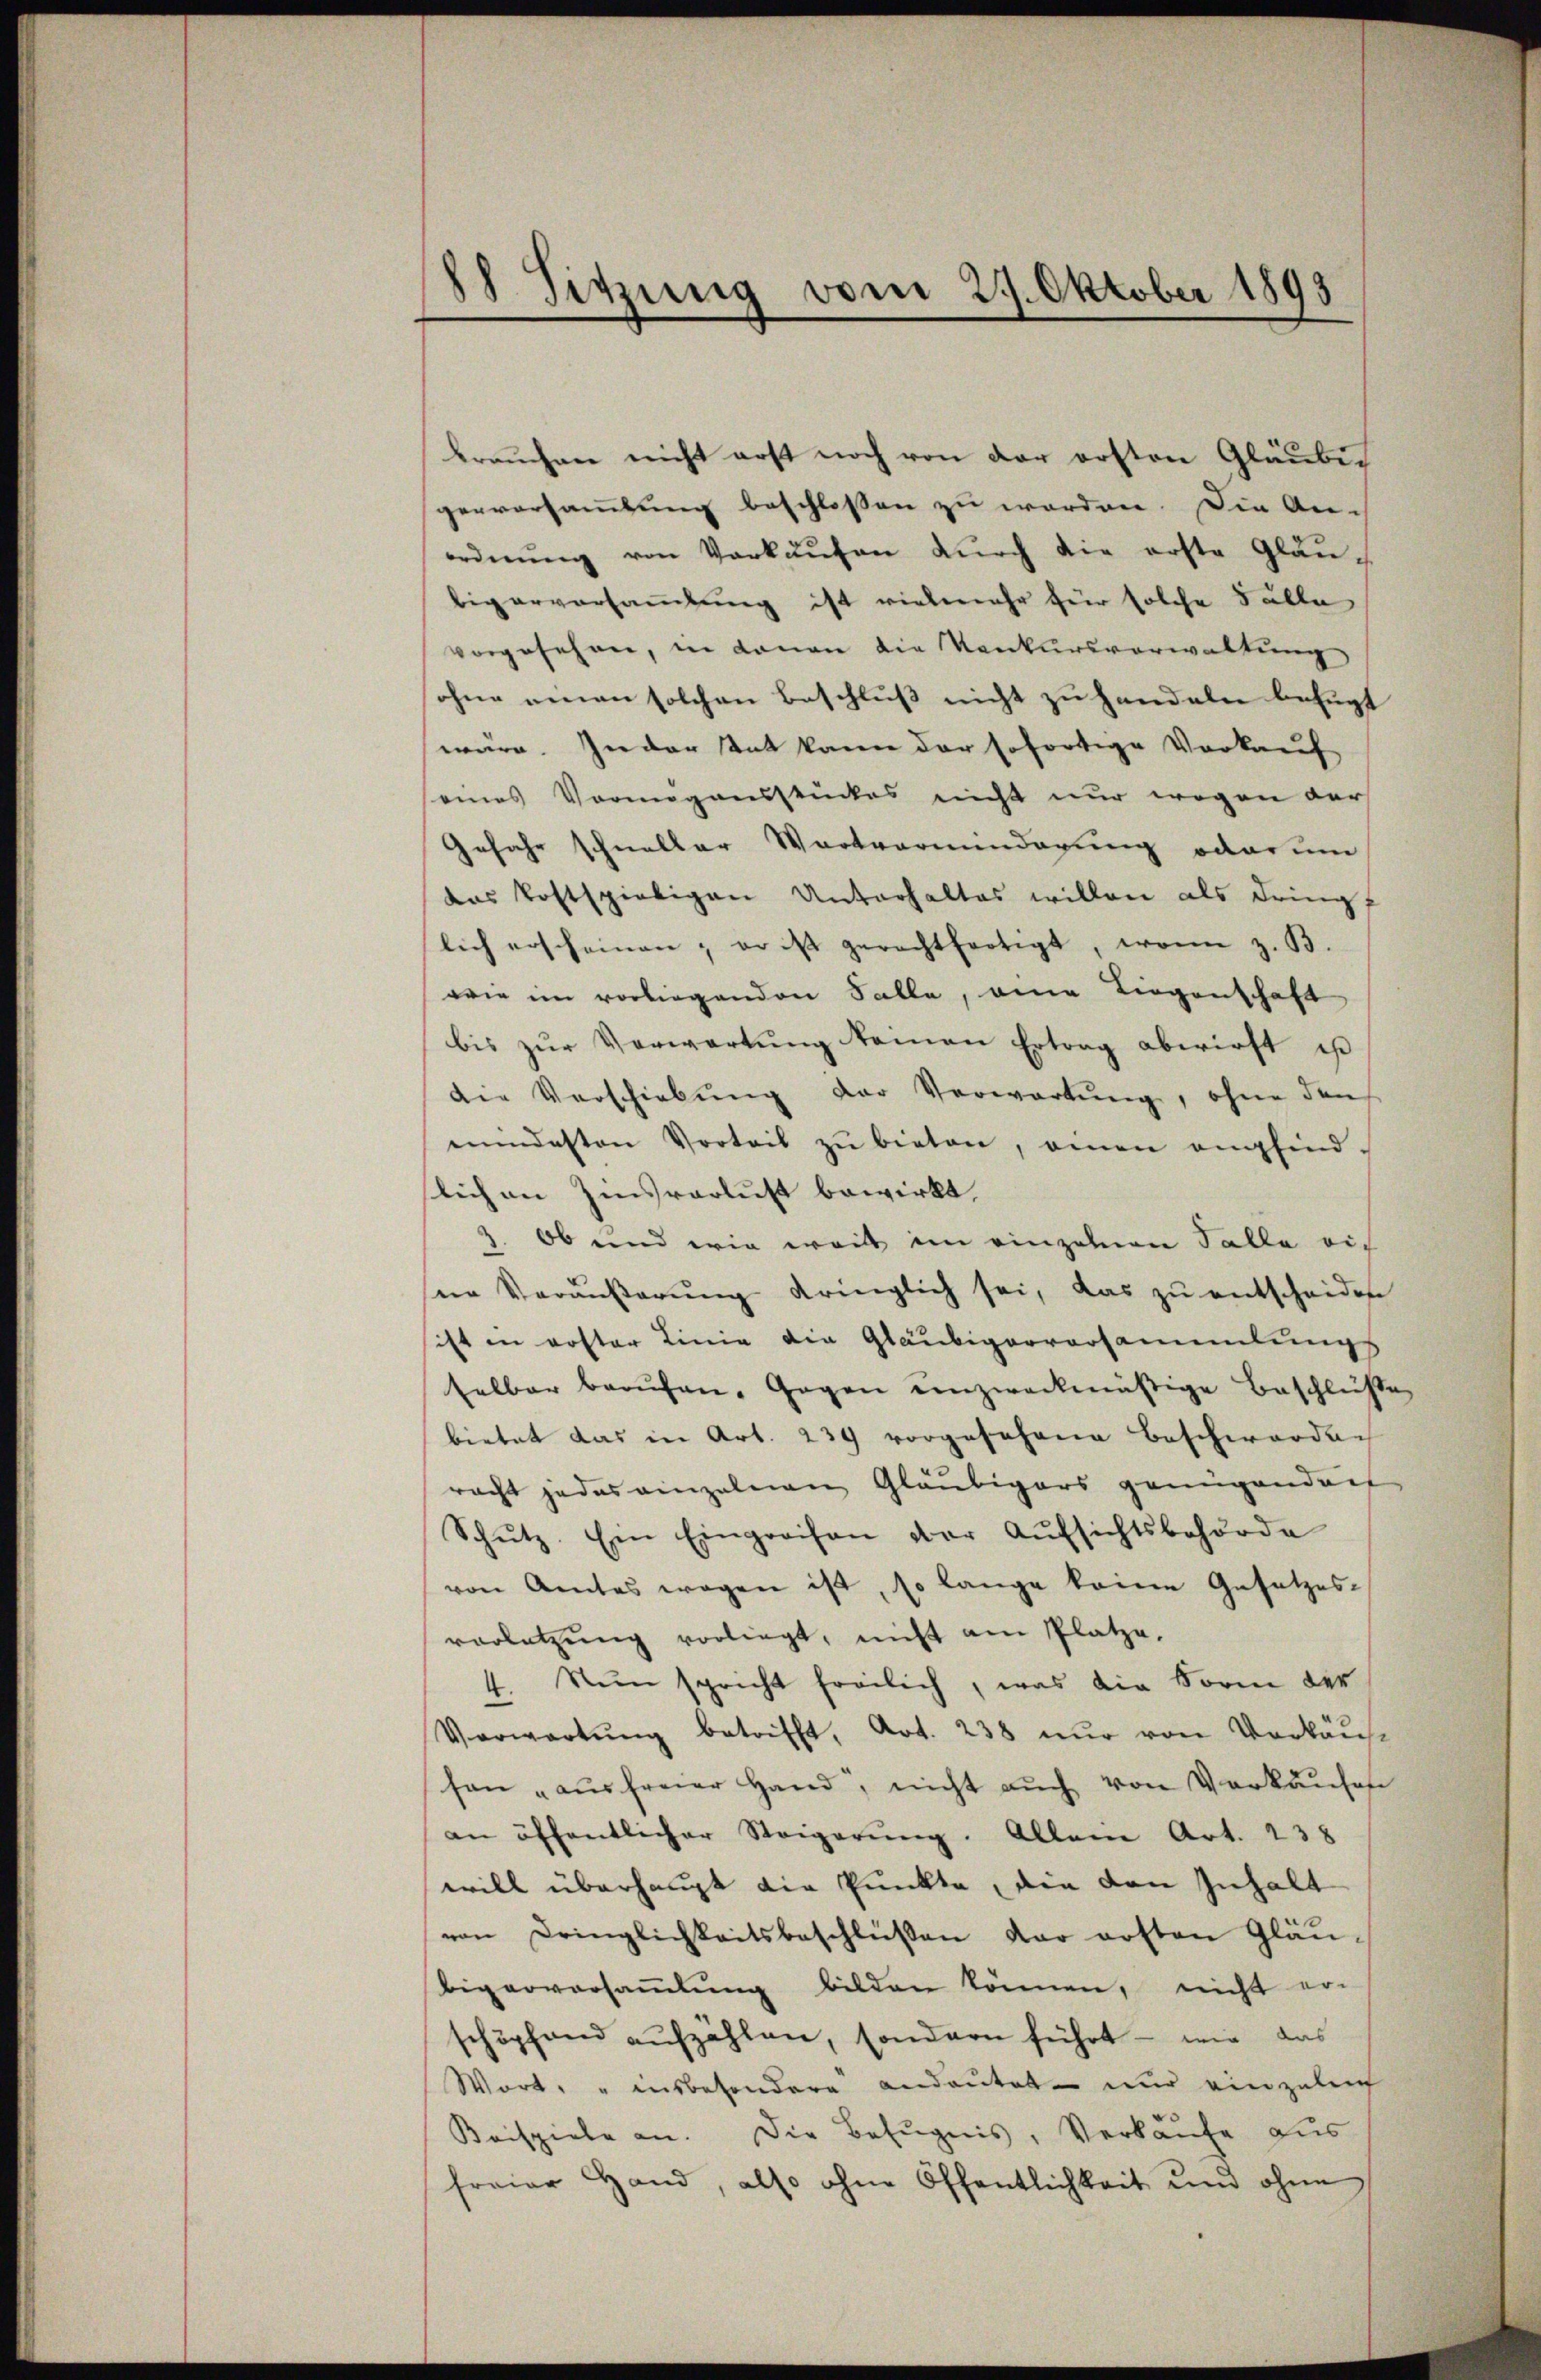
88 Sitzung vom 29. Oktober 1893

brauchen nicht erst noch von der ersten Gläubig
gerversamlung beschlossen zu werden. Die An-
ordnŭng von Verkaŭfen dŭrch die erste Gläu-
bigerversammlung ist vielmehr für solche Fälle
vorgesehen, in donan die Konkursverwaltung
ohne einen solchen Beschluß nicht zu handeln befugt
wäre. Jeder tat kann der sofortige Vorkauf
seines Vermögensstückes nicht nur wegen ders
Gefahr schneller Wartvormundigung oder um
das Postspieligen Unterhaltes willen als dringf
lich erscheinen, er ist gerechtfertigt, wenn z. B.
wie ein vorliegenden Falle, eine Liegenschaft
bis zur Verwartung keinen Ertrag abwirft, ist
die Verschiebŭng der Verwartŭng, ohne den
eindesten Vorteil zŭ bieten, einen empfind-
lich an Zinsverlust bewirkt,
z. Ob und wie weil im einzelnen Falle ric
ne Veräŭβerŭng dringlich sei, das zu entscheidete
sist in roster Linie die Gläubigerversammlungs
selber berŭfen. Gegen einzweckmäßige Beschlüße
bietet das in Art. 239 vorgesehene Beschwerden
racht jedes einzelnen Gläubigers genügendenf
Schŭtz. Ein Eingreifen der Aŭfsichtsbehörde
von Amtes wegen ist, so lange keine Gesetzes-
vorletzŭng vorliegt, nicht am Platze,
4. Nun spricht freilich, was die Form der
Verwartung betrifft, Art. 238 nur von Verkäuf
son aŭsfreier Hand, nicht auch von Verkaufes
an öffentlicher Steigerŭng. Allein Art. 238
will überhaupt die Punkte, die von Inhalt
von Dringlichkeitsbeschlüßen dar ersten Gläubigerversaṁlŭng bilden können, nicht er-
schöpfend aufzählen, sondern führt – wie das
Wort: " insbesondere andeutet nur einzuleic
Beispiele an. Die Befugnis, Verkaufe aus
freier Hand, also ohne Öffentlichkeit und ohne